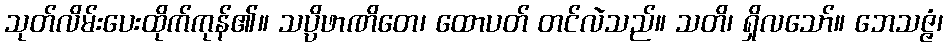
သုတ်လိမ်းပေးထိုက်ကုန်၏။ သပ္ပိဖာဏိတေ၊ ထောပတ် တင်လဲသည်။ သတိ၊ ရှိလသော်။ ဘေသဇ္ဇံ၊